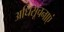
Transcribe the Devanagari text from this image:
अधिसूचनाएं